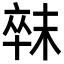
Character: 𣖛